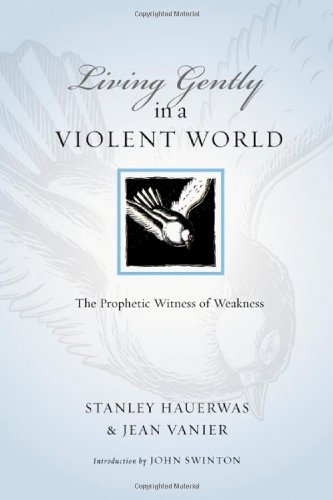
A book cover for Living Gently in a Violent World: The Prophetic Witness of Weakness (Resources for Reconciliation); Stanley Hauerwas; Christian Books & Bibles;